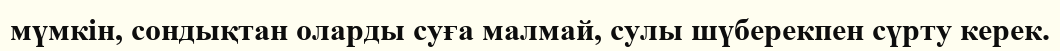
мүмкін, сондықтан оларды суға малмай, сулы шүберекпен сүрту керек.